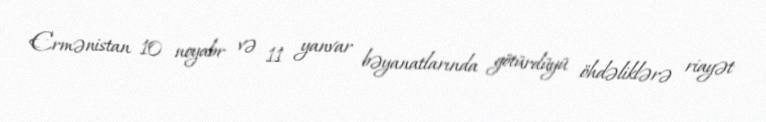
Ermənistan 10 noyabr və 11 yanvar bəyanatlarında götürdüyü öhdəliklərə riayət